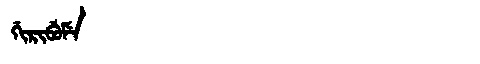
Manchu: ᡤᡳᡵᡳᠪᡠᠮᡝ
Romanization: GIRIBUME